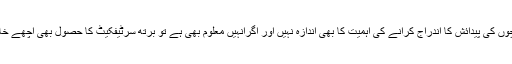
بہت سے خاندانوں کو بچوں کی پیدائش کا اندراج کرانے کی اہمیت کا بھی اندازہ نہیں اور اگرانہیں معلوم بھی ہے تو برتھ سرٹیفکیٹ کا حصول بھی اچھے خاصے خرچ کا سبب ہے۔